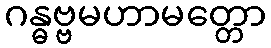
ဂန္ဓဗ္ဗမဟာမတ္တော